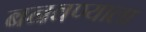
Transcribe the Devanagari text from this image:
बनवण्याला